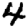
Digit: 4